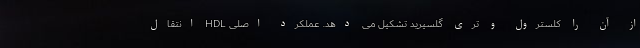
از آن را کلسترول و تری گلسیرید تشکیل می دهد. عملکرد اصلی HDL انتقال